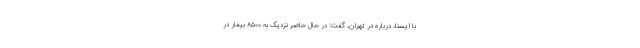
با ایسنا، درباره در تهران، گفت: در حال حاضر نزدیک به ۸۵۰۰ بیمار در